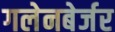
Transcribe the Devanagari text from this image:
गलेनबेर्जर